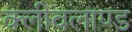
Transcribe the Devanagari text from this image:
क्लीवलाण्ड